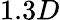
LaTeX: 1.3D